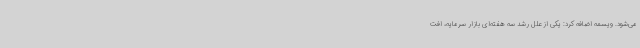
می‌شود. ویسمه اضافه کرد: یکی از علل رشد سه هفته‌ای بازار سرمایه، افت